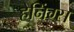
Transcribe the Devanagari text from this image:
हेनिंग्स